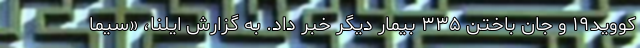
کووید۱۹ و جان باختن ۳۳۵ بیمار دیگر خبر داد. به گزارش ایلنا، «سیما